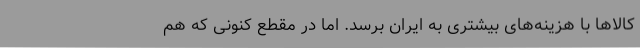
کالاها با هزینه‌های بیشتری به ایران برسد. اما در مقطع کنونی که هم